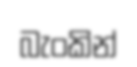
බැංකින්